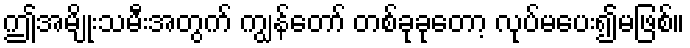
ဤအမျိုးသမီးအတွက် ကျွန်တော် တစ်ခုခုတော့ လုပ်မပေး၍မဖြစ်။